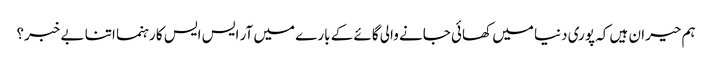
ہم حیران ہیں کہ پوری دنیا میں کھائی جانے والی گائے کے بارے میں آر ایس ایس کا رہنما اتنا بے خبر؟